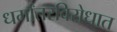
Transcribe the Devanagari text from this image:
धर्मांतरविरोधात